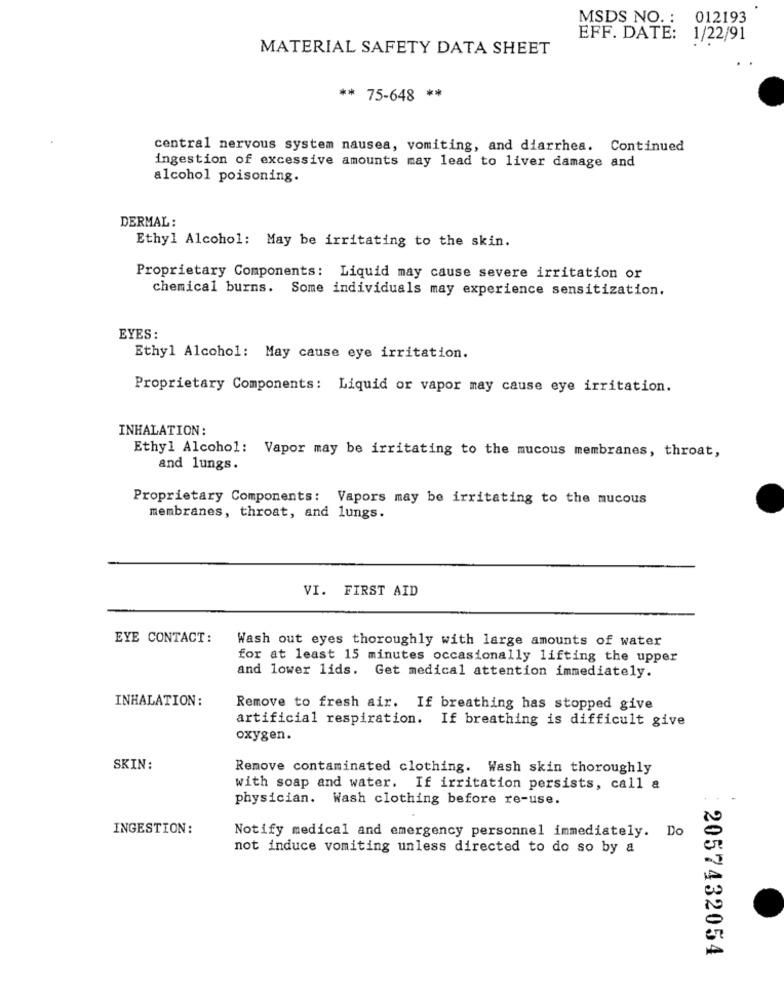
MSDS NO. : 012193
EFF. DATE: 1/22/91
MATERIAL SAFETY DATA SHEET
** 75-648 **
central nervous system nausea, vomiting, and diarrhea. Continued
ingestion of excessive amounts may lead to liver damage and
alcohol poisoning.
DERMAL:
Ethyl Alcohol: May be irritating to the skin.
Proprietary Components: Liquid may cause severe irritation or
chemical burns. Some individuals may experience sensitization.
EYES:
Ethyl Alcohol: May cause eye irritation.
Proprietary Components: Liquid or vapor may cause eye irritation.
INHALATION:
Ethyl Alcohol: Vapor may be irritating to the mucous membranes, throat,
and lungs.
Proprietary Components: Vapors may be irritating to the mucous
membranes, throat, and lungs.
VI. FIRST AID
EYE CONTACT:
Wash out eyes thoroughly with large amounts of water
for at least 15 minutes occasionally lifting the upper
and lower lids. Get medical attention immediately.
INHALATION :
Remove to fresh air. If breathing has stopped give
artificial respiration. If breathing is difficult give
oxygen.
SKIN:
Remove contaminated clothing. Wash skin thoroughly
with soap and water. If irritation persists, call a
physician. Wash clothing before re-use.
INGESTION:
Notify medical and emergency personnel immediately. Do
not induce vomiting unless directed to do so by a
2057432054